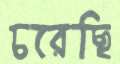
চরেছি